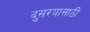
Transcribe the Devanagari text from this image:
दुसरयासाठी